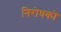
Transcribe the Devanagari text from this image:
निरोधको